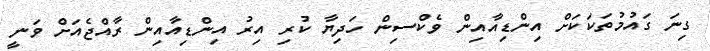
ގިނަ ގައުމުތަކަކަށް އިންޑިއާއިން ވެކްސިން ހަދިޔާ ކުރި އިރު އިންޑިއާއިން ރާއްޖެއަށް ވަނީ